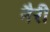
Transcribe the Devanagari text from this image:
नैरी